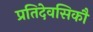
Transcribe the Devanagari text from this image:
प्रतिदेवसिकौ